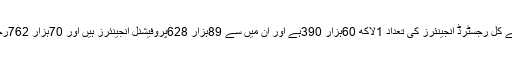
سیکریٹری پاکستان انجینئرنگ کونسل نے کمیٹی کوبتایا کہ پاکستان کے کل رجسٹرڈ انجینئرز کی تعداد 1لاکھ 60ہزار 390ہے اور ان میں سے 89ہزار 628پروفیشنل انجینئرز ہیں اور 70ہزار 762رجسٹرڈ انجینئرز ہیں پاکستان میں سالانہ 12ہزار انجینئرز بن رہے ہیں ۔